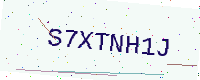
Text: S7XTNH1J